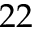
2 2